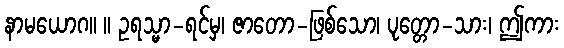
နာမယောဂ။ ။ ဥရသ္မာ-ရင်မှ၊ ဇာတော-ဖြစ်သော၊ ပုတ္တော-သား၊ ဤကား